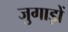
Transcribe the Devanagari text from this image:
जुगाड़ों